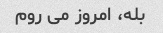
بله، امروز می روم